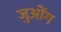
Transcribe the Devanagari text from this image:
जुओंग